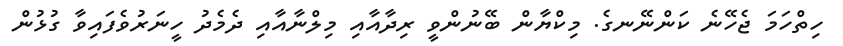
ހިތްހަމަ ޖެހޭނެ ކަންނޭނގެ. މިކްޔާން ބޭނުންވީ ރިދާއާއި މިލްނާއާއި ދެމެދު ހީނަރުވެފައިވާ ގުޅުން